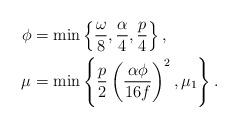
LaTeX: \begin{align*} \phi &= \min \left\{ \frac{\omega}{8}, \frac{\alpha}{4}, \frac{p}{4}\right\}, \\ \mu &= \min \left\{ \frac{p}{2} \left(\frac{\alpha \phi}{16f}\right)^2, \mu_1 \right\}.\end{align*}